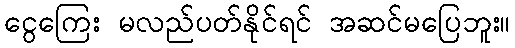
ငွေကြေး မလည်ပတ်နိုင်ရင် အဆင်မပြေဘူး။